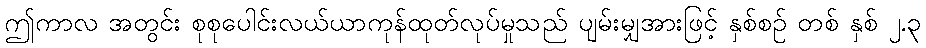
ဤကာလ အတွင်း စုစုပေါင်းလယ်ယာကုန်ထုတ်လုပ်မှုသည် ပျမ်းမျှအားဖြင့် နှစ်စဉ် တစ် နှစ် ၂.၃